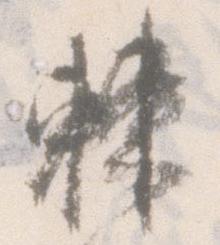
棘